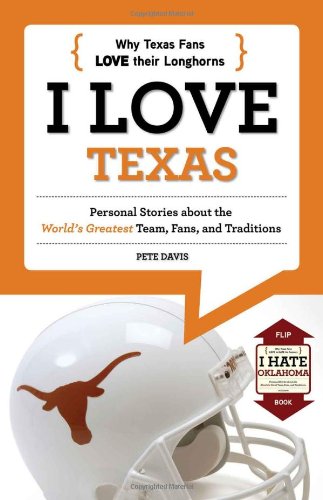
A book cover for I Love Texas/I Hate Oklahoma (I Love/I Hate); Pete Davis; Travel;